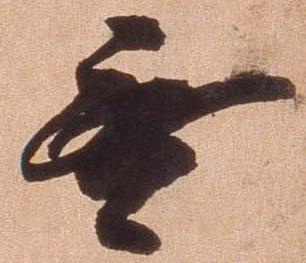
無